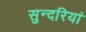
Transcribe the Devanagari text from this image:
सुन्दरियां